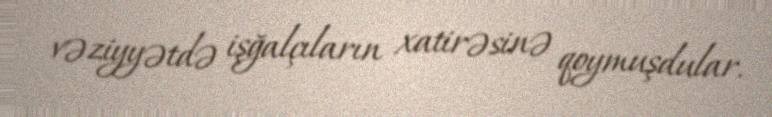
vəziyyətdə işğalçıların xatirəsinə qoymuşdular.